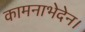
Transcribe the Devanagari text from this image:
कामनाभेदेन।